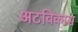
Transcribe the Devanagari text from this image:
अटविकास